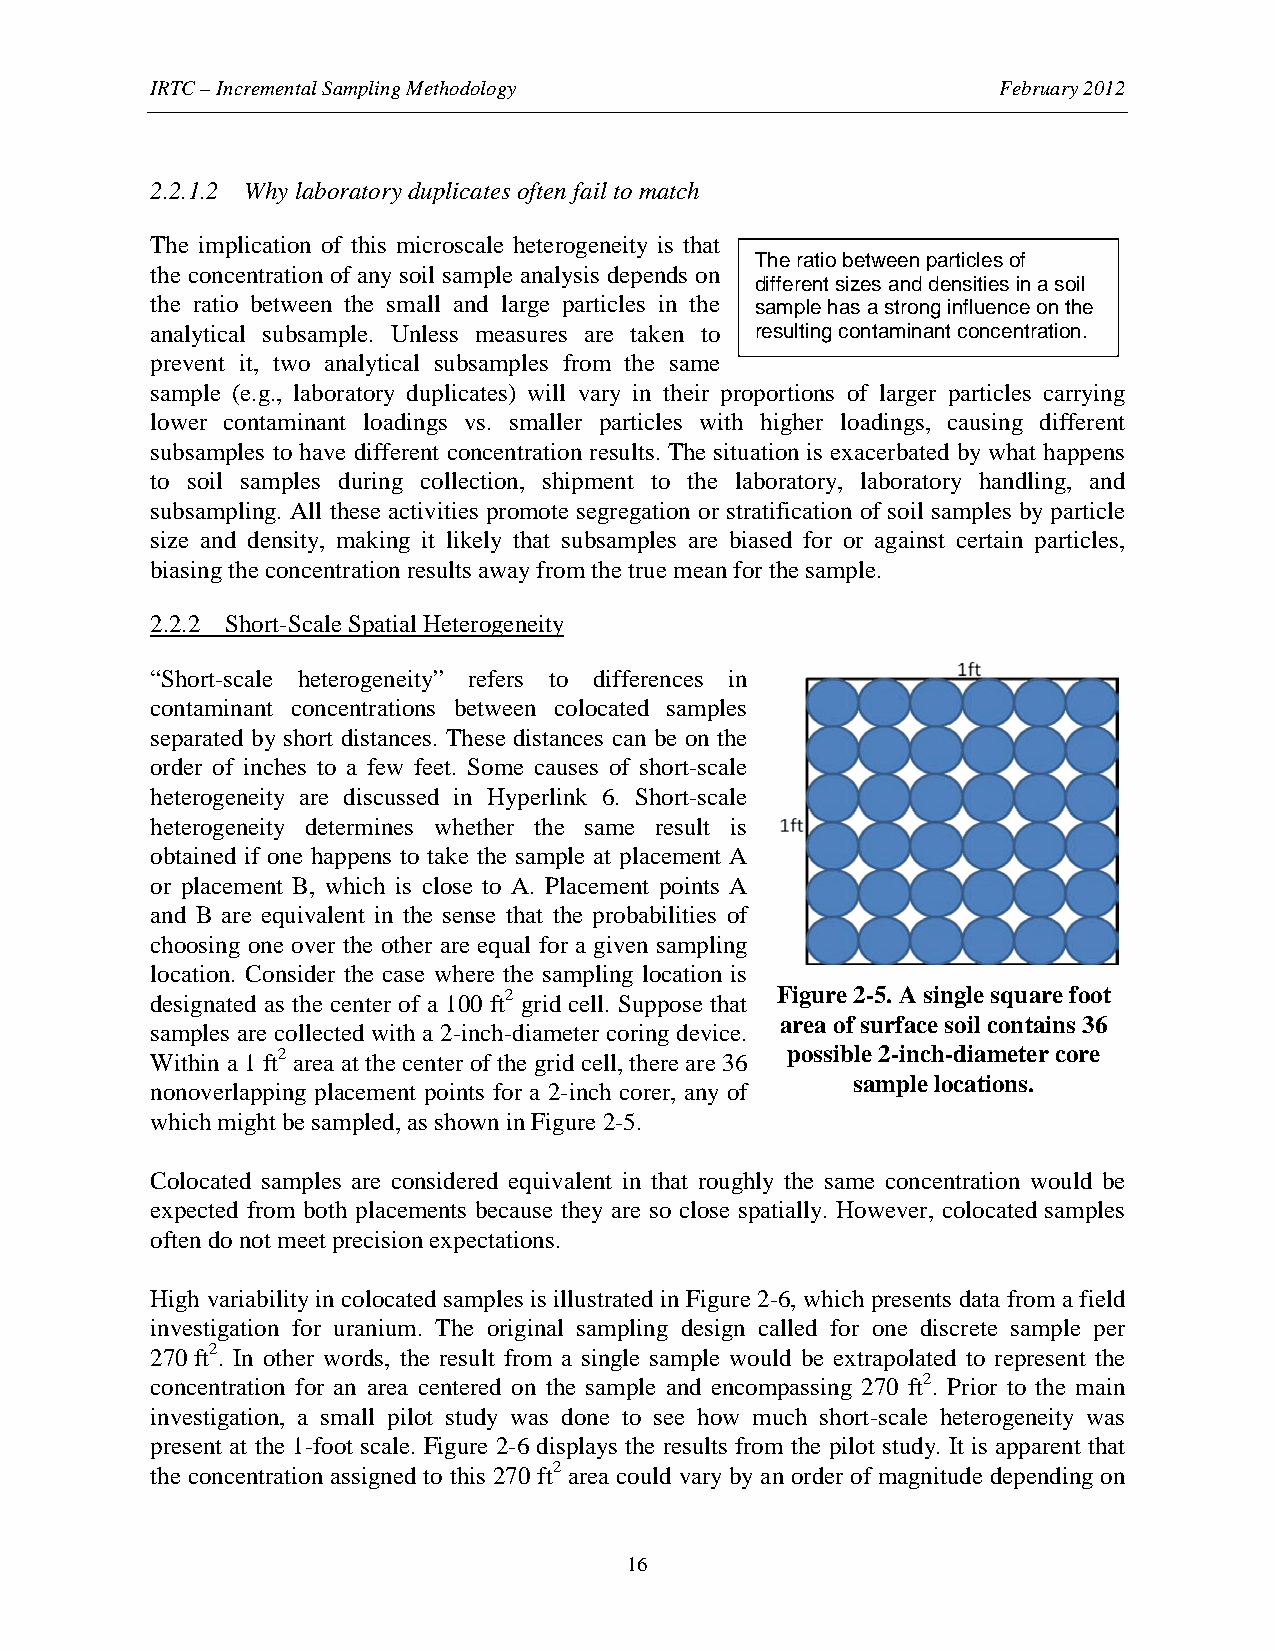
IRTC – Incremental Sampling Methodology                 February 2012
 2.2.1.2 Why laboratory duplicates often fail to match
 The implication of this microscale heterogeneity is that
 The ratio between particles of
 the concentration of any soil sample analysis depends on
 different sizes and densities in a soil
 the ratio between the small and large particles in the sample has a strong influence on the
 analytical subsample. Unless measures are taken to resulting contaminant concentration.
 prevent it, two analytical subsamples from the same
 sample (e.g., laboratory duplicates) will vary in their proportions of larger particles carrying
 lower contaminant loadings vs. smaller particles with higher loadings, causing different
 subsamples to have different concentration results. The situation is exacerbated by what happens
 to soil samples during collection, shipment to the laboratory, laboratory handling, and
 subsampling. All these activities promote segregation or stratification of soil samples by particle
 size and density, making it likely that subsamples are biased for or against certain particles,
 biasing the concentration results away from the true mean for the sample.
 2.2.2 Short-Scale Spatial Heterogeneity
 “Short-scale heterogeneity” refers to differences in
 contaminant concentrations between colocated samples
 separated by short distances. These distances can be on the
 order of inches to a few feet. Some causes of short-scale
 heterogeneity are discussed in Hyperlink 6. Short-scale
 heterogeneity determines whether the same result is
 obtained if one happens to take the sample at placement A
 or placement B, which is close to A. Placement points A
 and B are equivalent in the sense that the probabilities of
 choosing one over the other are equal for a given sampling
 location. Consider the case where the sampling location is
 designated as the center of a 100 ft2 grid cell. Suppose that Figure 2-5. A single square foot
 area of surface soil contains 36
 samples are collected with a 2-inch-diameter coring device.
 Within a 1 ft2 area at the center of the grid cell, there are 36 possible 2-inch-diameter core
 sample locations.
 nonoverlapping placement points for a 2-inch corer, any of
 which might be sampled, as shown in Figure 2-5.
 Colocated samples are considered equivalent in that roughly the same concentration would be
 expected from both placements because they are so close spatially. However, colocated samples
 often do not meet precision expectations.
 High variability in colocated samples is illustrated in Figure 2-6, which presents data from a field
 investigation for uranium. The original sampling design called for one discrete sample per
 270 ft2. In other words, the result from a single sample would be extrapolated to represent the
 concentration for an area centered on the sample and encompassing 270 ft2. Prior to the main
 investigation, a small pilot study was done to see how much short-scale heterogeneity was
 present at the 1-foot scale. Figure 2-6 displays the results from the pilot study. It is apparent that
 the concentration assigned to this 270 ft2 area could vary by an order of magnitude depending on
 16